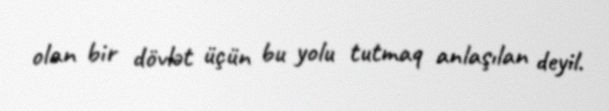
olan bir dövlət üçün bu yolu tutmaq anlaşılan deyil.